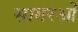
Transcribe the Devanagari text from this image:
सागरओं